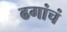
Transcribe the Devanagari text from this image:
ढगांचं